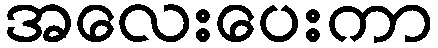
အလေးပေးကာ